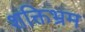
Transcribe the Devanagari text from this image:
शक्तिभ्रम